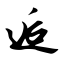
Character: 逅